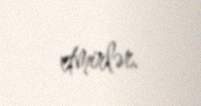
etmirlər.